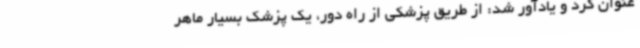
عنوان کرد و یادآور شد: از طریق پزشکی از راه دور، یک پزشک بسیار ماهر